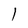
Character: l